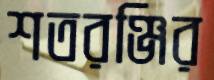
শতরঞ্জির